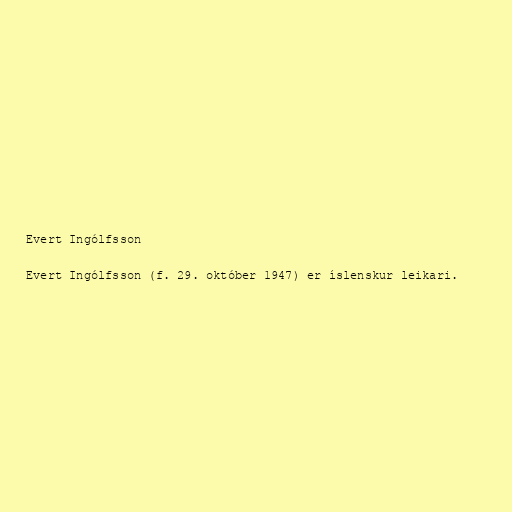
Evert Ingólfsson

Evert Ingólfsson (f. 29. október 1947) er íslenskur leikari.